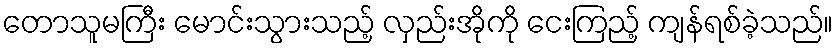
တောသူမကြီး မောင်းသွားသည့် လှည်းအိုကို ငေးကြည့် ကျန်ရစ်ခဲ့သည်။